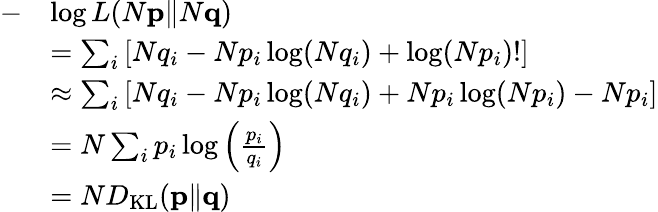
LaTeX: \begin{array}{rl}{-}&{\log L(N\mathbf{p}\| N\mathbf{q})}\\ &{=\sum_{i}\left[Nq_{i}-Np_{i}\log(Nq_{i})+\log(Np_{i})!\right]}\\ &{\approx\sum_{i}\left[Nq_{i}-Np_{i}\log(Nq_{i})+Np_{i}\log(Np_{i})-Np_{i}\right]}\\ &{=N\sum_{i}p_{i}\log\left(\frac{p_{i}}{q_{i}}\right)}\\ &{=ND_{\mathrm{KL}}(\mathbf{p}\| \mathbf{q})}\end{array}